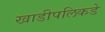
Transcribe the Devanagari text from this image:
खाडीपलिकडे